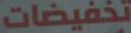
تخفيضات